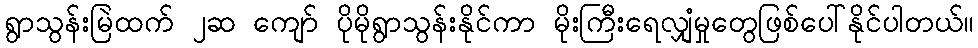
ရွာသွန်းမြဲထက် ၂ဆ ကျော် ပိုမိုရွာသွန်းနိုင်ကာ မိုးကြီးရေလျှံမှုတွေဖြစ်ပေါ်နိုင်ပါတယ်။